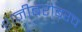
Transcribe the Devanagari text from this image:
शनीबरोबरच